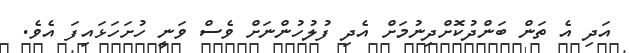
އަދި އެ ތަން ބަންދުކޮށްދިނުމަށް އެދި ފުލުހުންނަށް ވެސް ވަނީ ހުށަހަޅައިފަ އެވެ.